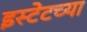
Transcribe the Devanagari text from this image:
इस्टेटच्या